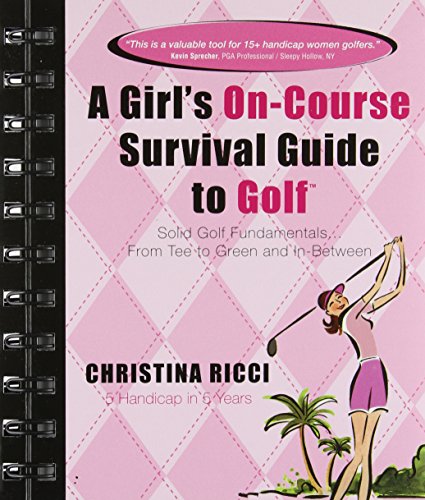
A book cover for A Girl's On-course Survival Guide to Golf: Solid Golf Fundamentals... From Tee to Green and In-Between; Christina Ricci; Sports & Outdoors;